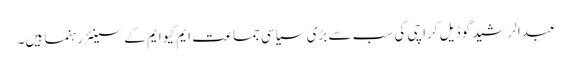
عبدالرشید گوڈیل کراچی کی سب سے بڑی سیاسی جماعت ایم کیو ایم کے سینئر رہنما ہیں۔